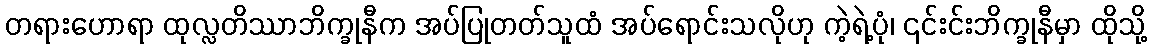
တရားဟောရာ ထုလ္လတိဿာဘိက္ခုနီက အပ်ပြုတတ်သူထံ အပ်ရောင်းသလိုဟု ကဲ့ရဲ့ပုံ၊ ၎င်းင်းဘိက္ခုနီမှာ ထိုသို့